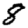
Digit: 8